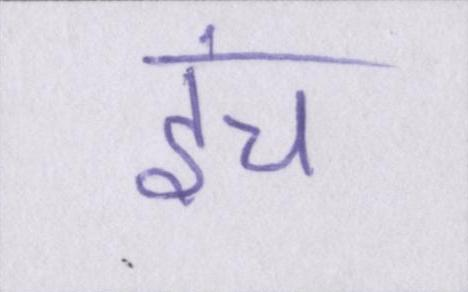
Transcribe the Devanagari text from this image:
इंच